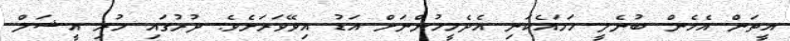
އީތަން އެހެން ބުނެލީ ހަމައެކަނި އެދެމީހުންނަށް އަޑު އިވޭވަރަށެވެ. ދުރުގައި ހުރި އީޝަލް